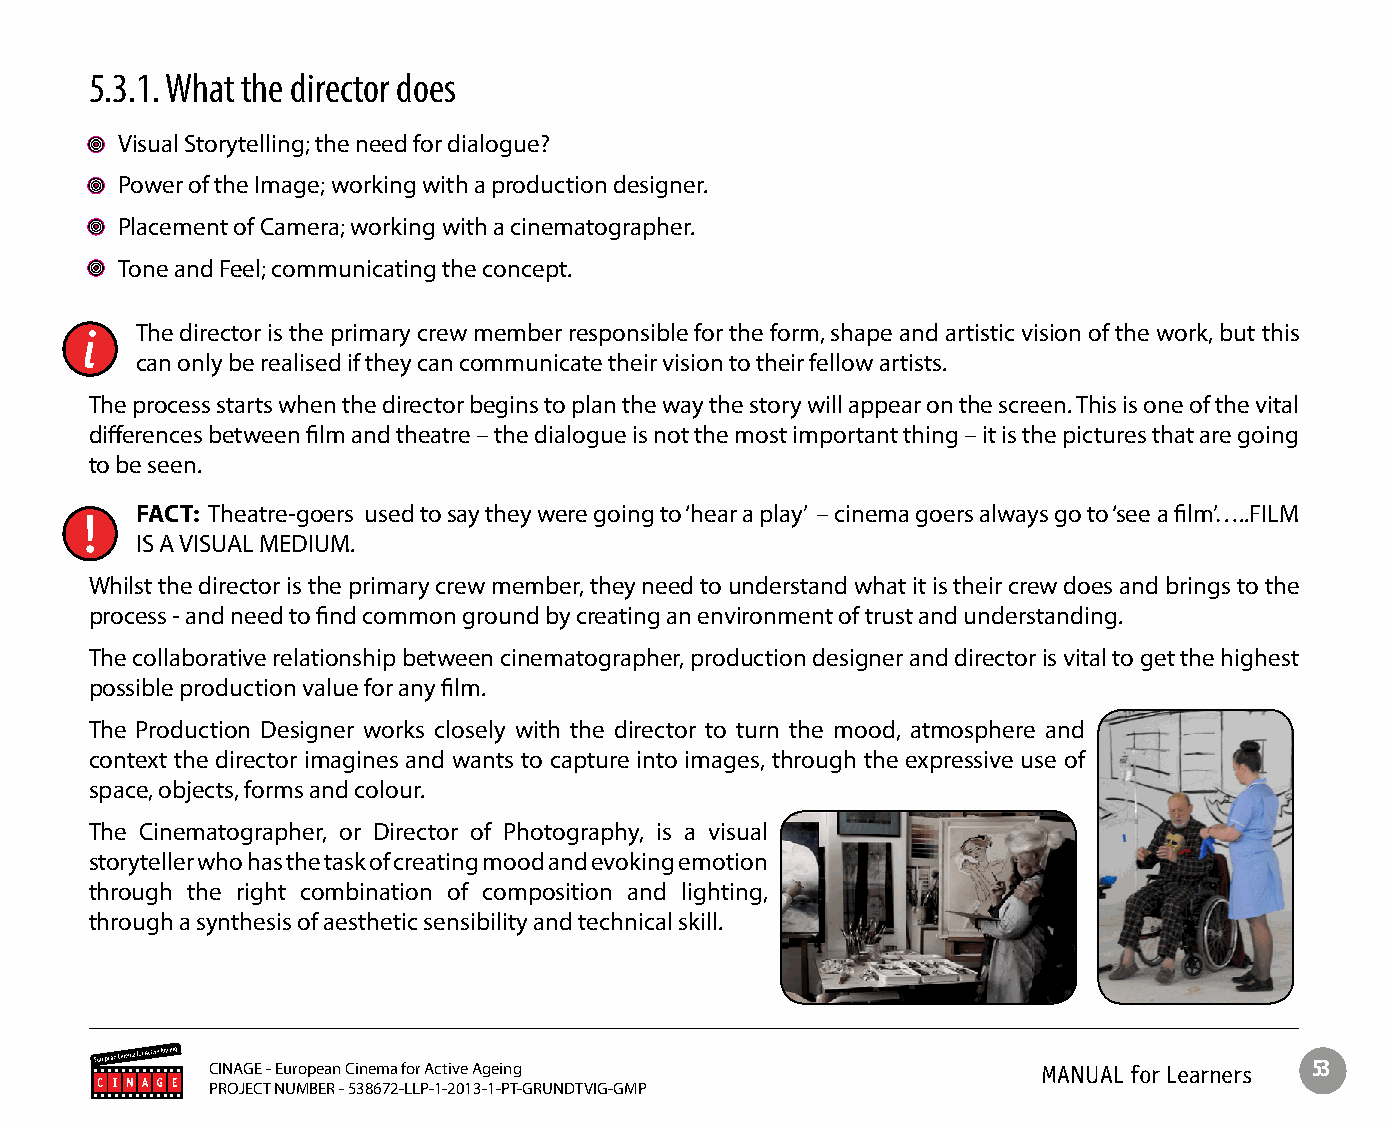
5.3.1. What the director does
 Visual Storytelling; the need for dialogue?
 Power of the Image; working with a production designer.
 Placement of Camera; working with a cinematographer.
 Tone and Feel; communicating the concept.
 The director is the primary crew member responsible for the form, shape and artistic vision of the work, but this
 can only be realised if they can communicate their vision to their fellow artists.
 The process starts when the director begins to plan the way the story will appear on the screen. This is one of the vital
 differences between film and theatre – the dialogue is not the most important thing – it is the pictures that are going
 to be seen.
 FACT: Theatre-goers used to say they were going to ‘hear a play’ – cinema goers always go to ‘see a film’…..FILM
 IS A VISUAL MEDIUM.
 Whilst the director is the primary crew member, they need to understand what it is their crew does and brings to the
 process - and need to find common ground by creating an environment of trust and understanding.
 The collaborative relationship between cinematographer, production designer and director is vital to get the highest
 possible production value for any film.
 The Production Designer works closely with the director to turn the mood, atmosphere and
 context the director imagines and wants to capture into images, through the expressive use of
 space, objects, forms and colour.
 The Cinematographer, or Director of Photography, is a visual
 storyteller who has the task of creating mood and evoking emotion
 through the right combination of composition and lighting,
 through a synthesis of aesthetic sensibility and technical skill.
 CINAGE - European Cinema for Active Ageing             MANUAL for Learners 53
 PROJECT NUMBER - 538672-LLP-1-2013-1-PT-GRUNDTVIG-GMP